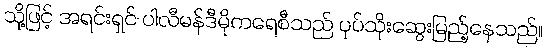
သို့ဖြင့် အရင်းရှင် ပါလီမန်ဒီမိုကရေစီသည် ပုပ်သိုးဆွေးမြည့်နေသည်။